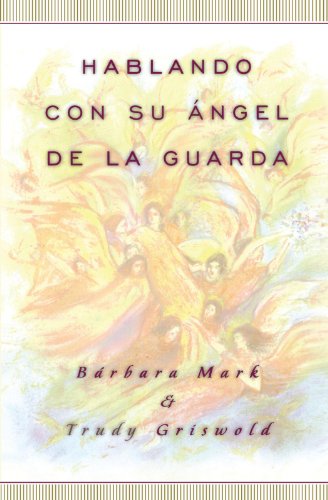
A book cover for Hablando con su Ã¡ngel de la guarda; Barbara Mark; Religion & Spirituality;